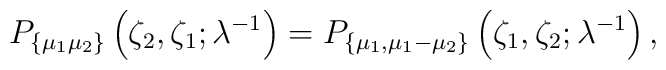
P_{\{\mu_1\mu_2\}}\left(\zeta_2,\zeta_1;\lambda^{-1}\right) =  P_{\{\mu_1,\mu_1-\mu_2\}}\left(\zeta_1,\zeta_2;\lambda^{-1}\right),